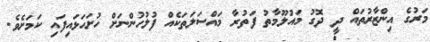
މަރުގެ އިންޒާރުތައް ދީ ދޮގު މައުލޫމާތު ފަތުރާ މައްސަލަތަކެއް ފުލުހުންނަށް ހުށަހަޅައިފައި ކަމަށެވެ.